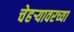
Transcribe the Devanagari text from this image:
चेहर्‍यावरच्या